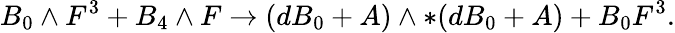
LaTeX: B_{0}\wedge F^{3}+B_{4}\wedge F\to(dB_{0}+A)\wedge*(dB_{0}+A)+B_{0}F^{3}.